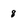
Character: 8